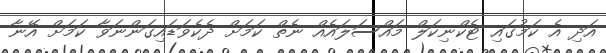
އަދި އެ ކަމުގައި ޓެކްނިކަލް މައްސަލައެއް ނެތް ކަމަށް ދެކެވަޑައިގަންނަވާ ކަމަށް އޭނާ